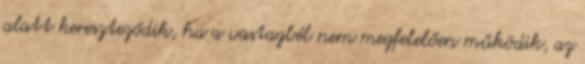
alatt kereszteződik, ha a vastagbél nem megfelelően működik, az